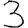
Digit: 3